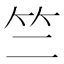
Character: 竺